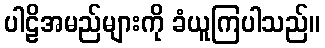
ပါဠိအမည်များကို ခံယူကြပါသည်။